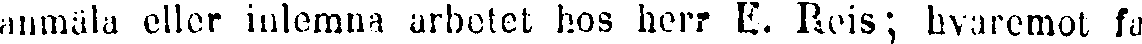
anmäla eller inlemna arbetet hos herr E. Reis; hvaremot fa